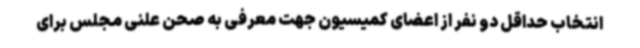
انتخاب حداقل دو نفر از اعضای کمیسیون جهت معرفی به صحن علنی مجلس برای